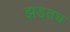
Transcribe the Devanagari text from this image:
झडतच